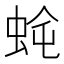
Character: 𮔈